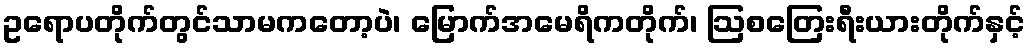
ဥရောပတိုက်တွင်သာမကတော့ပဲ၊ မြောက်အမေရိကတိုက်၊ ဩစတြေးရီးယားတိုက်နှင့်